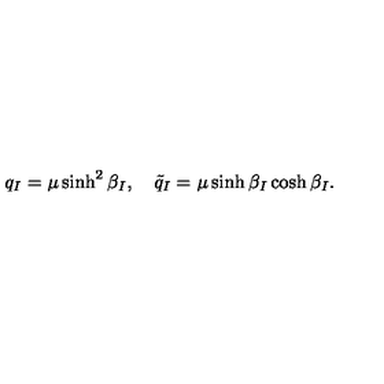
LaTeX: q _ { I } = \mu \sinh ^ { 2 } \beta _ { I } , \quad \tilde { q } _ { I } = \mu \sinh \beta _ { I } \cosh \beta _ { I } .